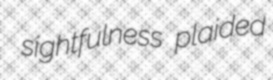
sightfulness plaided